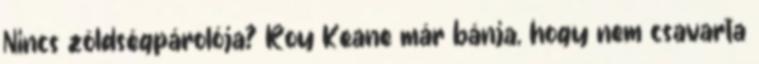
Nincs zöldségpárolója? Roy Keane már bánja, hogy nem csavarta